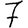
Digit: 7